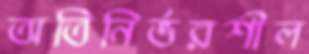
অতিনির্ভরশীল